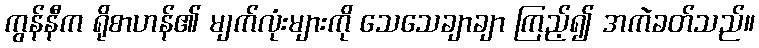
ကွန်နီက ရိုစာဟန်၏ မျက်လုံးများကို သေသေချာချာ ကြည့်၍ အကဲခတ်သည်။